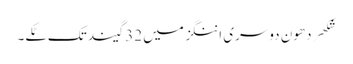
شکھر دھون دوسری اننگز میں 32 گیند تک ٹکے۔